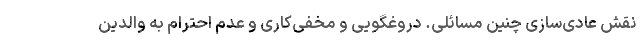
نقش عادی‌سازی چنین مسائلی. دروغگویی و مخفی‌کاری و عدم احترام به والدین